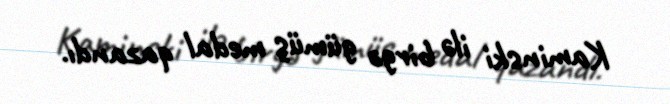
Kaminski ilə birgə gümüş medal qazandı.